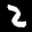
Label: 2